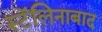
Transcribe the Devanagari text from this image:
स्टॅलिनाबाद